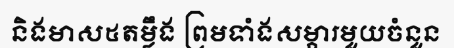
និងមាស៥តម្លឹង ព្រមទាំងសម្ភារមួយចំនួន